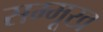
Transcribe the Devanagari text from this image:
सम्मूख